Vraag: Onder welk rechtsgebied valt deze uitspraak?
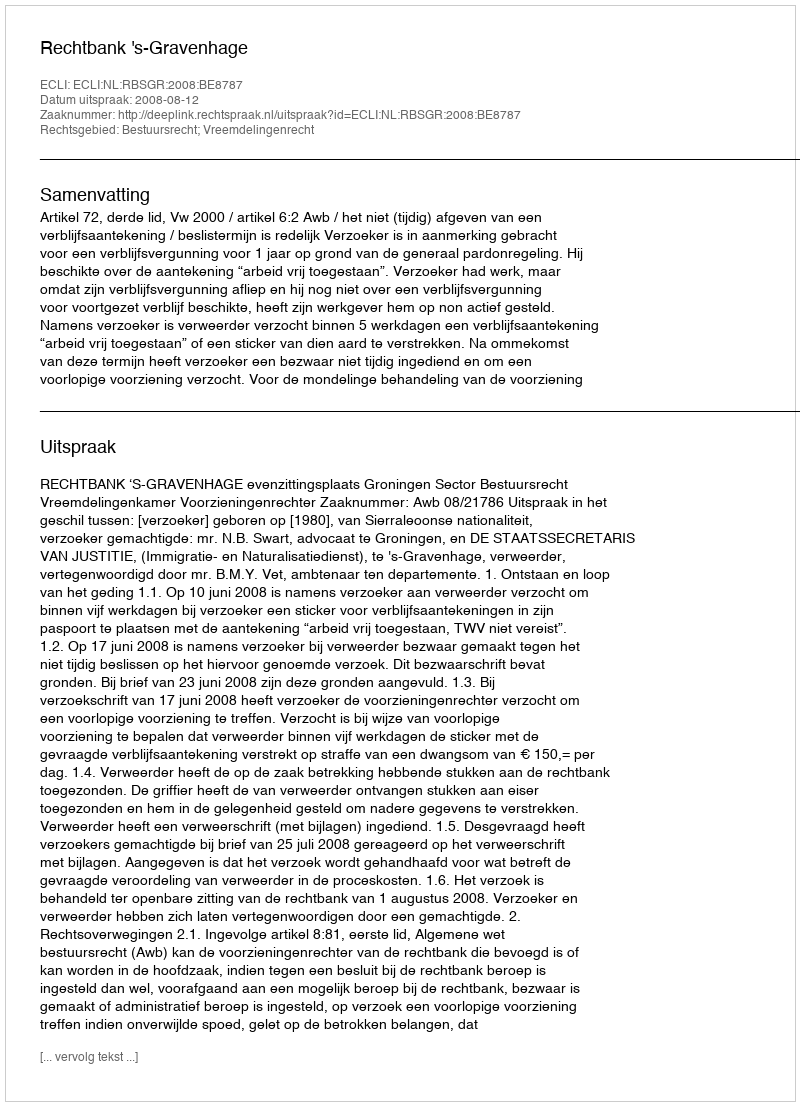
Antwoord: Bestuursrecht; Vreemdelingenrecht